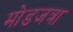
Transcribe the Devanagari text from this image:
मोडजत्रा